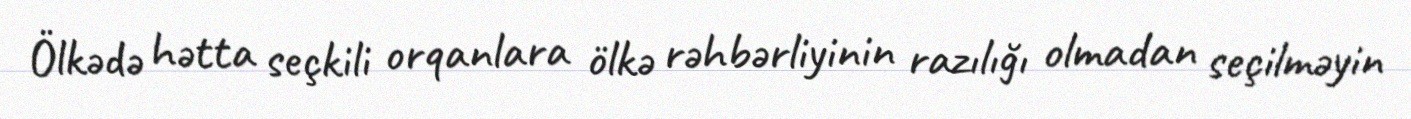
Ölkədə hətta seçkili orqanlara ölkə rəhbərliyinin razılığı olmadan seçilməyin